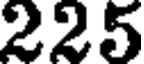
225